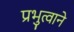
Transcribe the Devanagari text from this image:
प्रभुत्वाने